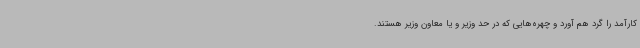
کارآمد را گرد هم آورد و چهره‌هایی که در حد وزیر و یا معاون وزیر هستند.